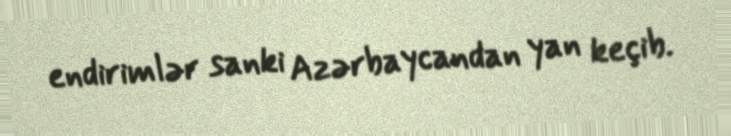
endirimlər sanki Azərbaycandan yan keçib.